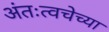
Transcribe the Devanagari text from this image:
अंतःत्वचेच्या